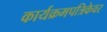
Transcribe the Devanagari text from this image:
कार्यक्रमपत्रिकेवर